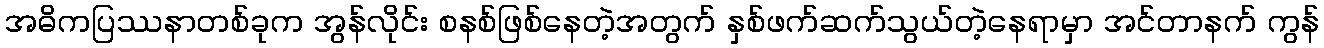
အဓိကပြဿနာတစ်ခုက အွန်လိုင်း စနစ်ဖြစ်နေတဲ့အတွက် နှစ်ဖက်ဆက်သွယ်တဲ့နေရာမှာ အင်တာနက် ကွန်